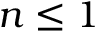
n \leq 1